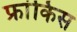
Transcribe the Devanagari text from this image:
फ्रांकिस